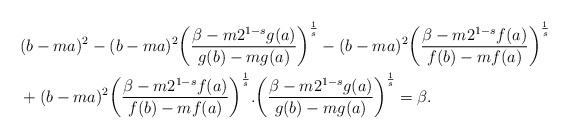
LaTeX: \begin{align*} &(b-ma)^2- (b-ma)^2 \bigg(\frac{\beta-m2^{1-s}g(a)}{g(b)-mg(a)}\bigg)^{\frac{1}{s}}- (b-ma)^2 \bigg(\frac{\beta-m2^{1-s}f(a)}{f(b)-mf(a)}\bigg)^{\frac{1}{s}}\\ &+(b-ma)^2 \bigg(\frac{\beta-m2^{1-s}f(a)}{f(b)-mf(a)}\bigg)^{\frac{1}{s}}.\bigg(\frac{\beta-m2^{1-s}g(a)}{g(b)-mg(a)}\bigg)^{\frac{1}{s}}=\beta. \end{align*}